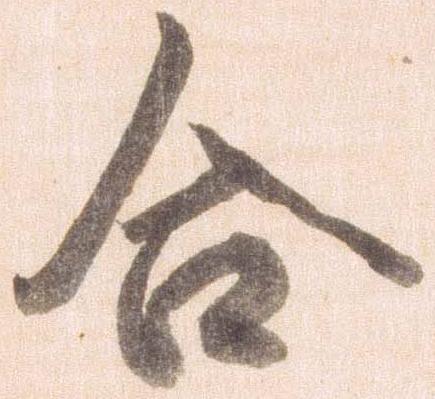
合